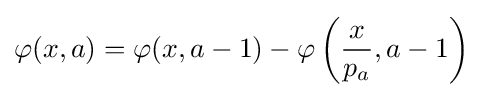
\varphi (x,a)=\varphi (x,a-1)-\varphi \left({\frac {x}{p_{a}}},a-1\right)